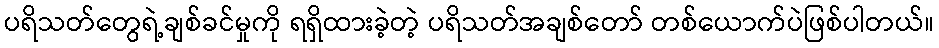
ပရိသတ်တွေရဲ့ချစ်ခင်မှုကို ရရှိထားခဲ့တဲ့ ပရိသတ်အချစ်တော် တစ်ယောက်ပဲဖြစ်ပါတယ်။